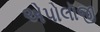
એપોલૉજી